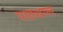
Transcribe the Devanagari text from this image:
पाठशाल